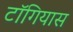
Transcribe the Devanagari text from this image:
टॉगियास